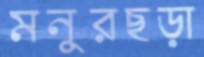
মনুরছড়া